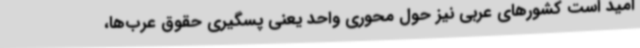
امید است کشورهای عربی نیز حول محوری واحد یعنی پسگیری حقوق عرب‌ها،